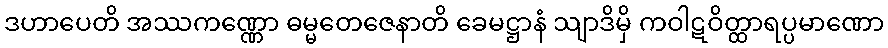
ဒဟာပေတိ အဿကဏ္ဏော ဓမ္မတေဇေနာတိ ခေမဋ္ဌာနံ သျာဒိမှိ ကဝါဋဝိတ္ထာရပ္ပမာဏော